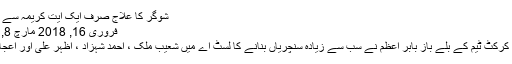
شوگر کا علاج صرف ایک آیت کریمہ سے صدقہ جاریہ سمجھ کر شیئر کریں
فروری 16, 2018 مارچ 8, 2018 0 تبصرے	287 مناظر
راولپنڈی (مانیٹرنگ ڈیسک) قومی کرکٹ ٹیم کے بلے باز بابر اعظم نے سب سے زیادہ سنچریاں بنانے کا لسٹ اے میں شعیب ملک ، احمد شہزاد ، اظہر علی اور اعجاز احمد کا مشترکا ریکارڈ توڑ دیا۔